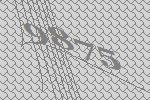
9875